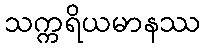
သက္ကရိယမာနဿ